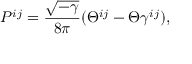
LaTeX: P ^ { i j } = \frac { \sqrt { - \gamma } } { 8 \pi } ( \Theta ^ { i j } - \Theta \gamma ^ { i j } ) ,